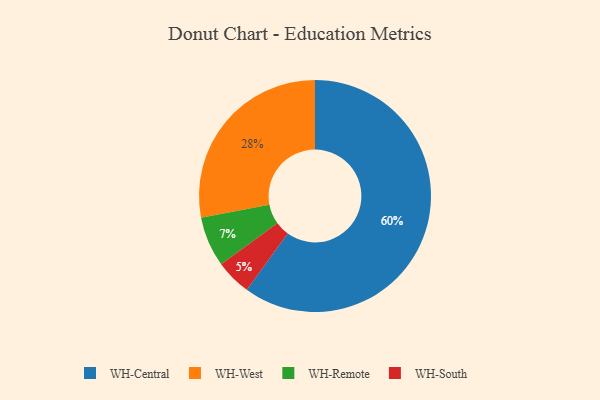
{"axis": {"x": "Category", "y": "Percentage"}, "legend": ["WH-Central", "WH-Remote", "WH-South", "WH-West"], "data": [{"x": "WH-Central", "y": 60, "type": "WH-Central"}, {"x": "WH-South", "y": 5, "type": "WH-South"}, {"x": "WH-Remote", "y": 7, "type": "WH-Remote"}, {"x": "WH-West", "y": 28, "type": "WH-West"}]}